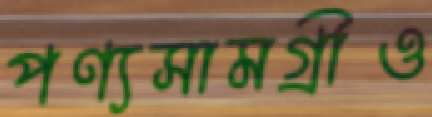
পণ্যসামগ্রীও